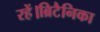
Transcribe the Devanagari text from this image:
रहें।ब्रिटैनिका